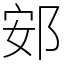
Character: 䢿